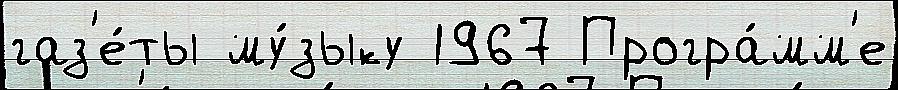
газ'е́ты му́зыку 1967 Програ́мм'е